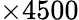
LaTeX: \times 4500